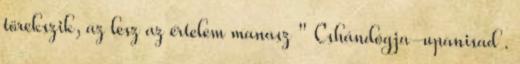
törekszik, az lesz az értelem manasz " Cshándógja-upanisad .